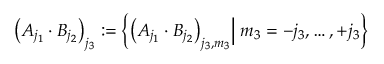
\big ( A _ { j _ { 1 } } \cdot B _ { j _ { 2 } } \big ) _ { j _ { 3 } } : = \left\{ \big ( A _ { j _ { 1 } } \cdot B _ { j _ { 2 } } \big ) _ { j _ { 3 } , m _ { 3 } } \Big | \; m _ { 3 } = - j _ { 3 } , \dots , + j _ { 3 } \right\}